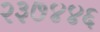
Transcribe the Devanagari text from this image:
२३७४४६